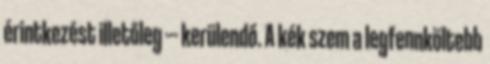
érintkezést illetőleg --- kerülendő. A kék szem a legfennköltebb